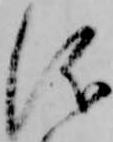
儀